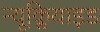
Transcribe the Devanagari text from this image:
न्यूक्लियाइड